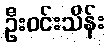
ဦးဝင်းသိန်း